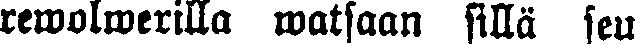
rewolwerilla watsaan sillä seu